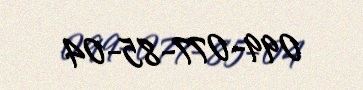
099-077-85-04